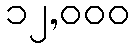
၁၂,၀၀၀